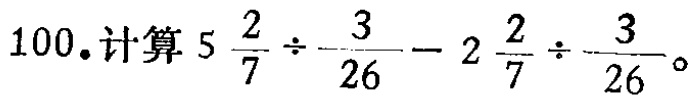
$100.计算\ 5\frac{2}{7}\div\frac{3}{26}-2\frac{2}{7}\div\frac{3}{26}。$